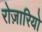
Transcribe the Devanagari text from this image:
रोज़ारियो